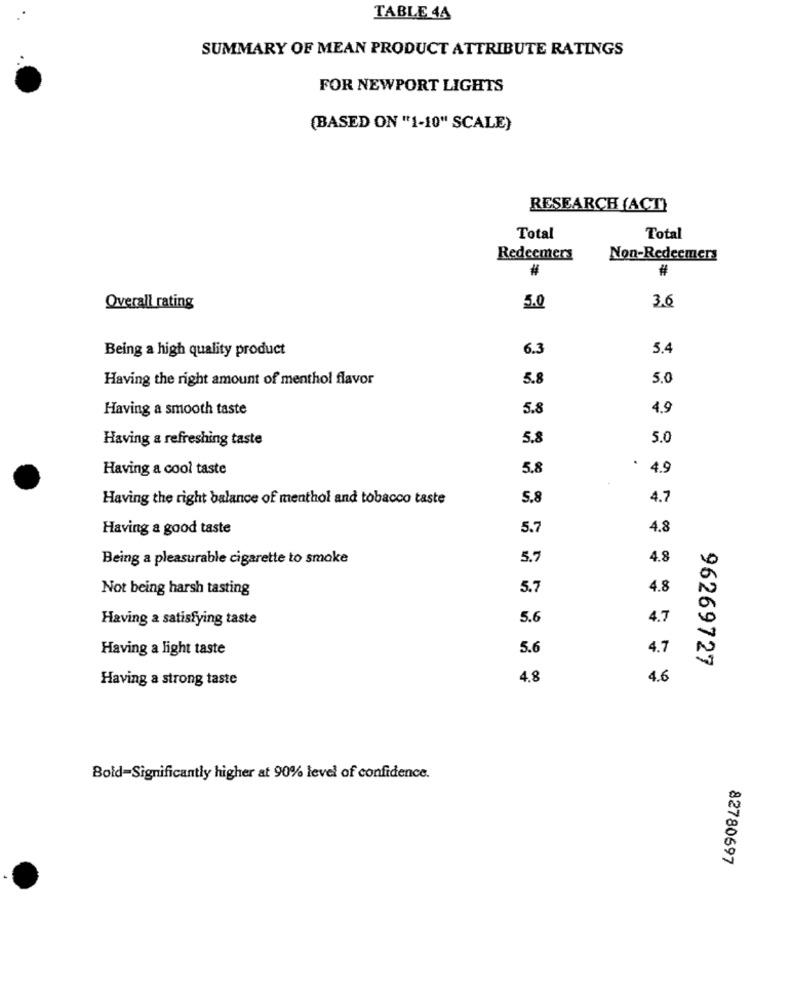
TABLE 44
SUMMARY OF MEAN PRODUCT ATTRIBUTE RATINGS
FOR NEWPORT LIGHTS
(BASED ON "1-10" SCALE)
RESEARCH (ACT)
Total
Total
Redeemers
Non-Redeemers
#
#
Overall rating
5.0
3.6
Being a high quality product
6.3
5.4
Having the right amount of menthol flavor
5.8
5.0
Having a smooth taste
5.8
4.9
Having a refreshing taste
5.8
5.0
Having a cool taste
5.8
.
4.9
Having the right balance of menthol and tobacco taste
5.8
4.7
Having a good taste
5.7
4.8
Being a pleasurable cigarette to smoke
5.7
4.8
Not being harsh tasting
5.7
4.8
Having a satisfying taste
5.6
4.7
Having a light taste
5.6
4.7
96269727
Having a strong taste
4.8
4.6
Bold=Significantly higher at 90% level of confidence.
82780697